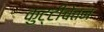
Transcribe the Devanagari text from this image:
कुट्टीचेतन